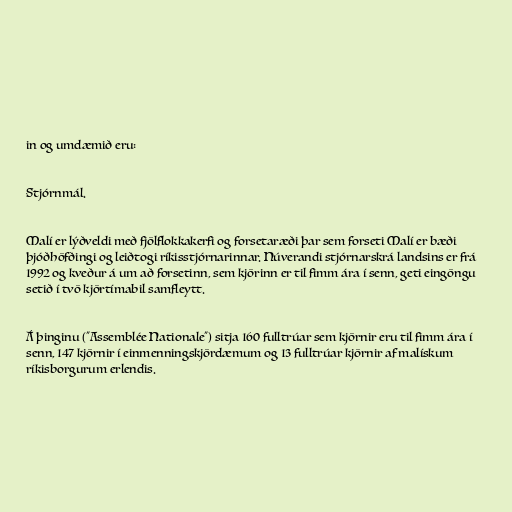
in og umdæmið eru:

Stjórnmál.

Malí er lýðveldi með fjölflokkakerfi og forsetaræði þar sem forseti Malí er bæði
þjóðhöfðingi og leiðtogi ríkisstjórnarinnar. Núverandi stjórnarskrá landsins er frá
1992 og kveður á um að forsetinn, sem kjörinn er til fimm ára í senn, geti eingöngu
setið í tvö kjörtímabil samfleytt.

Á þinginu ("Assemblée Nationale") sitja 160 fulltrúar sem kjörnir eru til fimm ára í
senn, 147 kjörnir í einmenningskjördæmum og 13 fulltrúar kjörnir af malískum
ríkisborgurum erlendis.